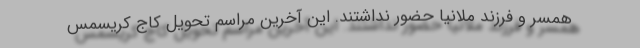
همسر و فرزند ملانیا حضور نداشتند. این آخرین مراسم تحویل کاج کریسمس